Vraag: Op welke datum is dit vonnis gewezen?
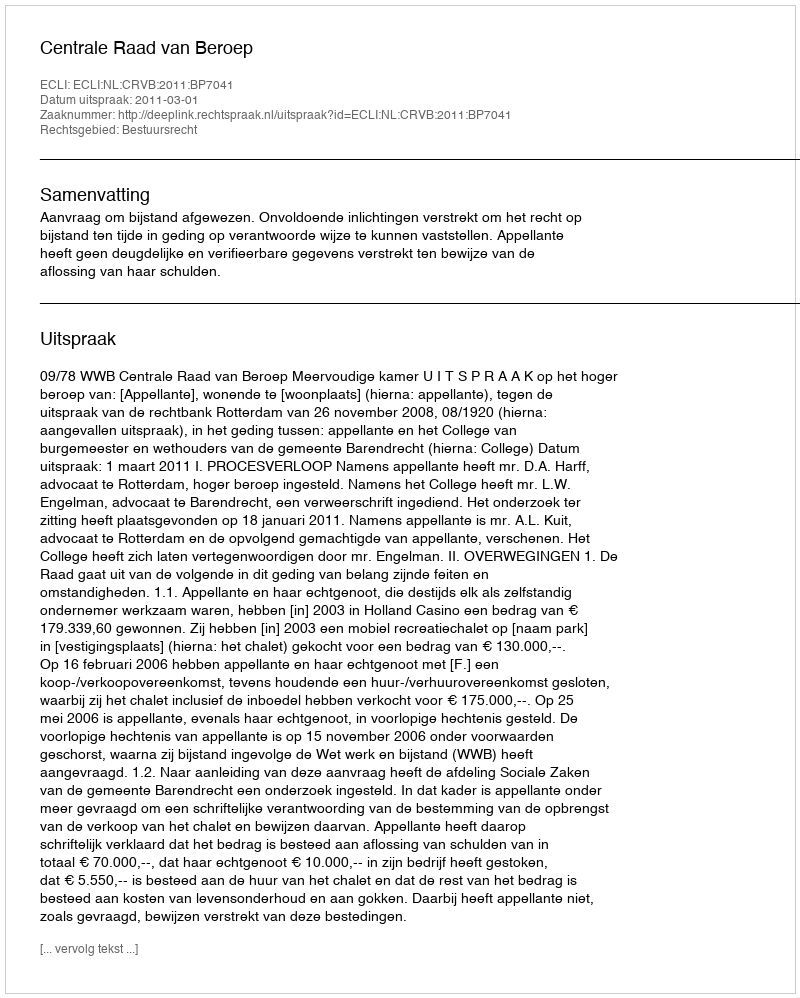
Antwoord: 2011-03-01